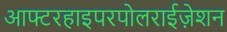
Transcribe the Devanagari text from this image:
आफ्टरहाइपरपोलराईज़ेशन